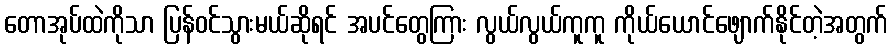
တောအုပ်ထဲကိုသာ ပြန်ဝင်သွားမယ်ဆိုရင် အပင်တွေကြား လွယ်လွယ်ကူကူ ကိုယ်ယောင်ဖျောက်နိုင်တဲ့အတွက်